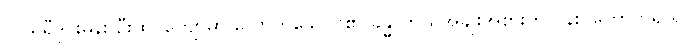
လယ်ရီဒိုင်းမွန်း ဦးထင်ကျော်မှာ လောက်သေပင်၏ ခန္ဓာကိုယ်အချိုးအစားကို ပန်းပိတောက်ရယ်